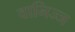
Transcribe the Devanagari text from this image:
वानिज्ज